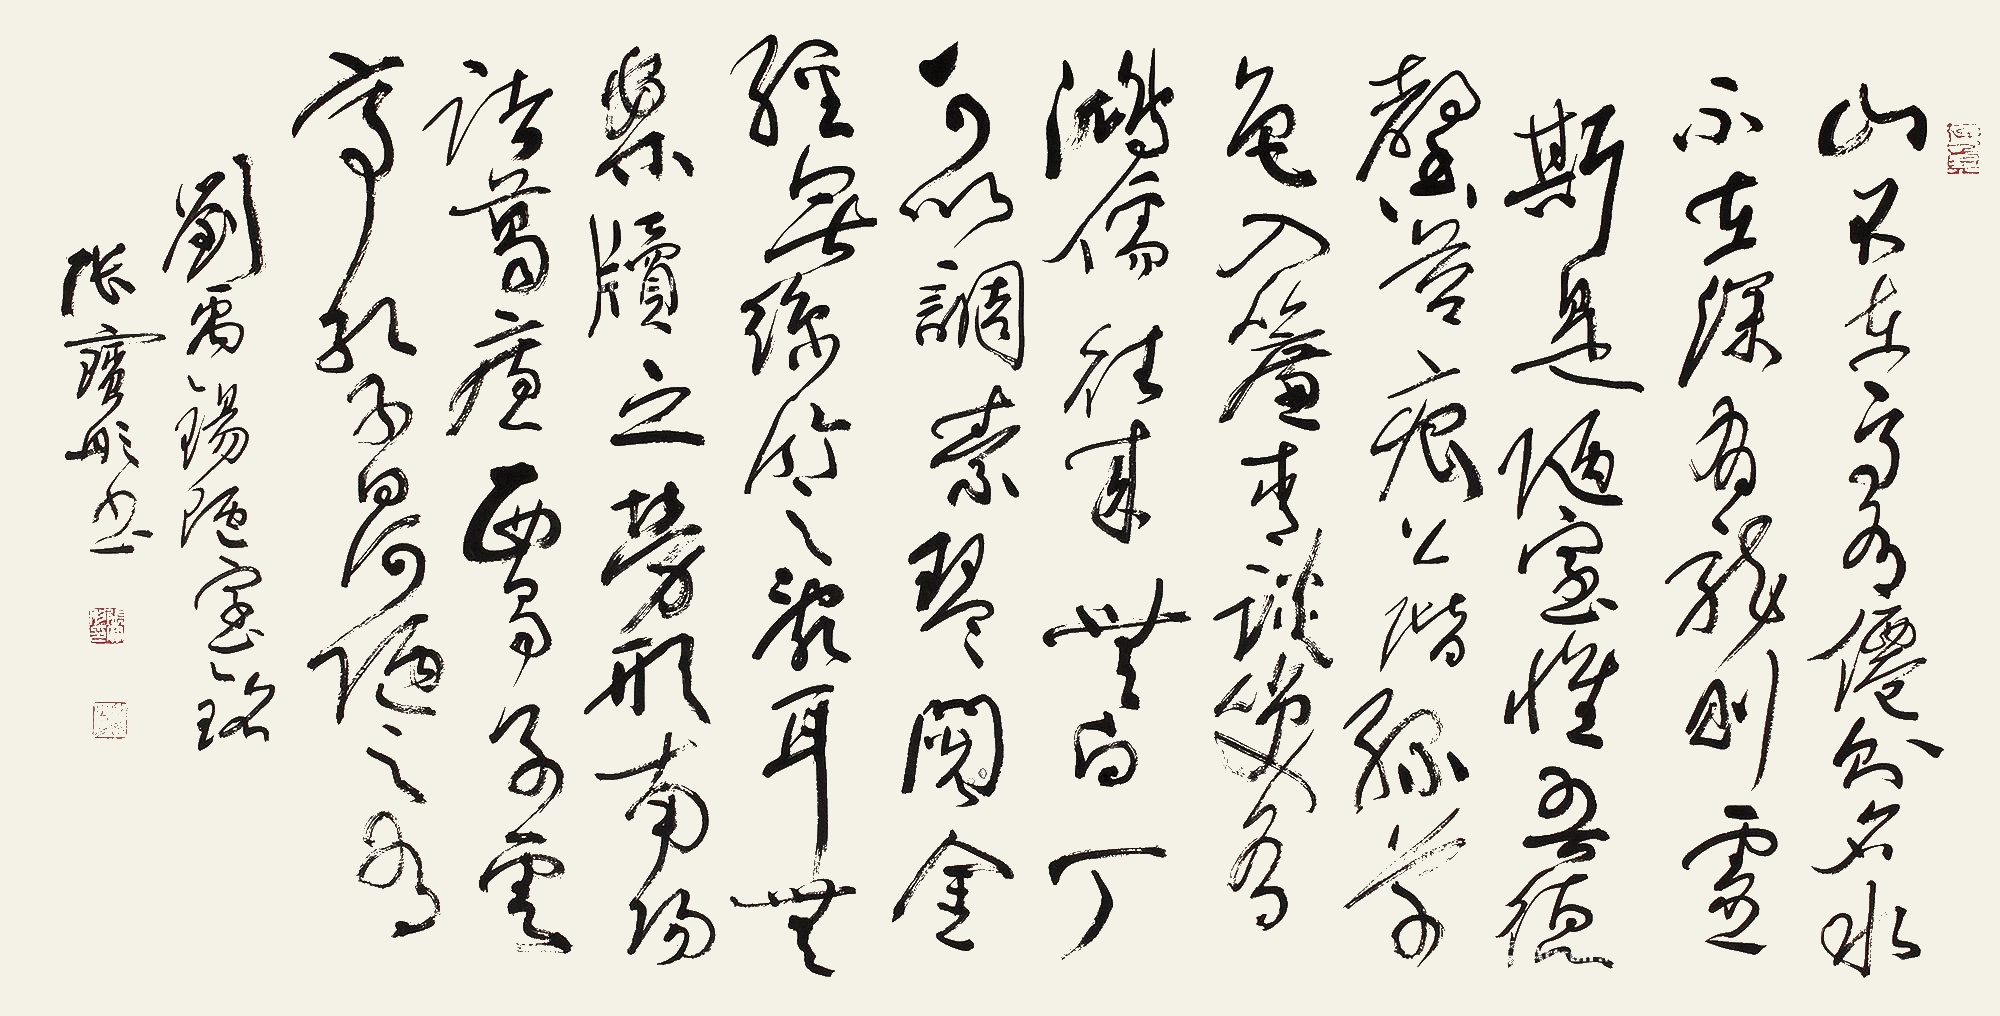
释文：山不在高，有仙则名。水不在深，有龙则灵。斯是陋室，惟吾德馨。苔痕上阶绿，草色入帘青。谈笑有鸿儒，往来无白丁。可以调素琴，阅金经。无丝竹之乱耳，无案牍之劳形。南阳诸葛庐，西蜀子云亭。孔子曰：何陋之有。刘禹锡《陋室铭》。张宝彤书。